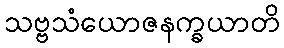
သဗ္ဗသံယောဇနက္ခယာတိ